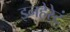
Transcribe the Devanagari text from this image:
इनहेरेटं